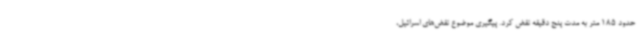
حدود 185 متر به مدت پنج دقیقه نقض کرد. پیگیری موضوع نقض‌های اسرائیل،